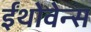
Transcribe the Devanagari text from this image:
ईंथोवेन्स